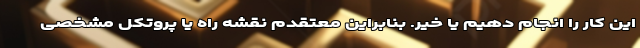
این کار را انجام دهیم یا خیر. بنابراین معتقدم نقشه راه یا پروتکل مشخصی